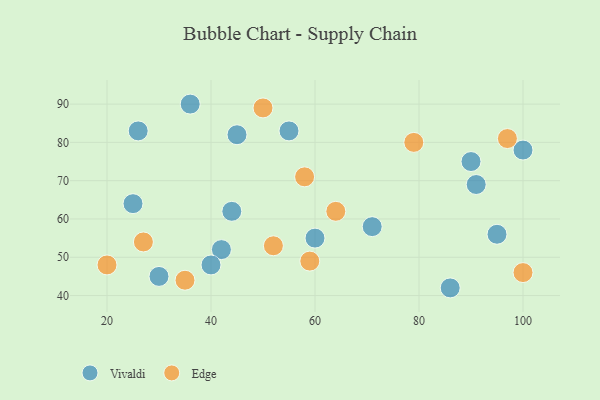
{"axis": {"x": "GDP", "y": "Life Expectancy"}, "legend": ["Edge", "Vivaldi"], "data": [{"x": "45", "y": 82, "type": "Vivaldi"}, {"x": "25", "y": 64, "type": "Vivaldi"}, {"x": "91", "y": 69, "type": "Vivaldi"}, {"x": "26", "y": 83, "type": "Vivaldi"}, {"x": "30", "y": 45, "type": "Vivaldi"}, {"x": "90", "y": 75, "type": "Vivaldi"}, {"x": "95", "y": 56, "type": "Vivaldi"}, {"x": "71", "y": 58, "type": "Vivaldi"}, {"x": "86", "y": 42, "type": "Vivaldi"}, {"x": "44", "y": 62, "type": "Vivaldi"}, {"x": "36", "y": 90, "type": "Vivaldi"}, {"x": "55", "y": 83, "type": "Vivaldi"}, {"x": "60", "y": 55, "type": "Vivaldi"}, {"x": "42", "y": 52, "type": "Vivaldi"}, {"x": "40", "y": 48, "type": "Vivaldi"}, {"x": "100", "y": 78, "type": "Vivaldi"}, {"x": "20", "y": 48, "type": "Edge"}, {"x": "97", "y": 81, "type": "Edge"}, {"x": "27", "y": 54, "type": "Edge"}, {"x": "64", "y": 62, "type": "Edge"}, {"x": "59", "y": 49, "type": "Edge"}, {"x": "58", "y": 71, "type": "Edge"}, {"x": "52", "y": 53, "type": "Edge"}, {"x": "100", "y": 46, "type": "Edge"}, {"x": "35", "y": 44, "type": "Edge"}, {"x": "79", "y": 80, "type": "Edge"}, {"x": "50", "y": 89, "type": "Edge"}]}